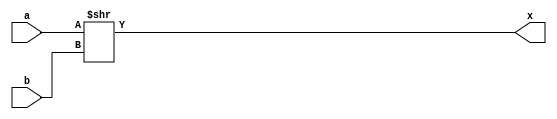
/*
   This file was generated automatically by the Mojo IDE version B1.3.6.
   Do not edit this file directly. Instead edit the original Lucid source.
   This is a temporary file and any changes made to it will be destroyed.
*/

module muxright_16 (
    input [3:0] b,
    input [15:0] a,
    output reg [15:0] x
  );
  
  
  
  always @* begin
    x[0+15-:16] = a[0+15-:16] >> b;
  end
endmodule